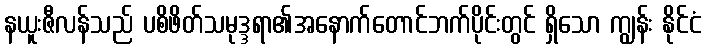
နယူးဇီလန်သည် ပစိဖိတ်သမုဒ္ဒရာ၏အနောက်တောင်ဘက်ပိုင်းတွင် ရှိသော ကျွန်း နိုင်ငံ